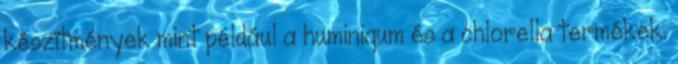
készítmények mint például a huminiqum és a chlorella termékek.